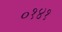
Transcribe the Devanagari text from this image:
०१४१